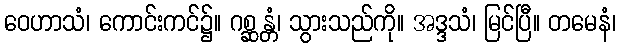
ဝေဟာသံ၊ ကောင်းကင်၌။ ဂစ္ဆန္တံ၊ သွားသည်ကို။ အဒ္ဒသံ၊ မြင်ပြီ။ တမေနံ၊